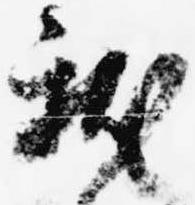
献